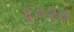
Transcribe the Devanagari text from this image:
६०२०